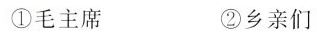
①毛主席 ②乡亲们